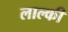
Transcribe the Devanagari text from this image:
लाल्की